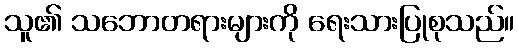
သူ၏ သဘောတရားများကို ရေးသားပြုစုသည်။